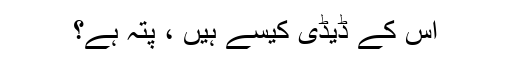
اس کے ڈیڈی کیسے ہیں ، پتہ ہے؟